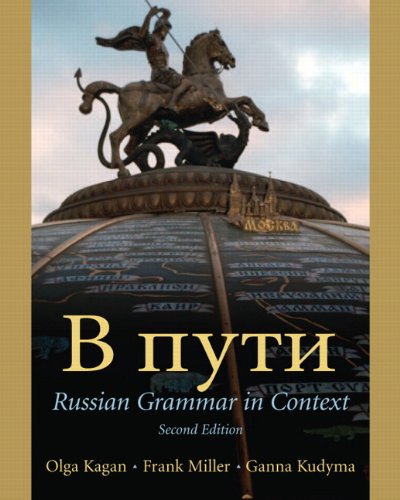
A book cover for V Puti: Russian Grammar in Context, 2nd Edition; Olga Kagan; Reference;